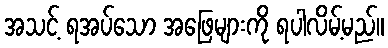
အသင့် ရအပ်သော အဖြေများကို ရပါလိမ့်မည်။